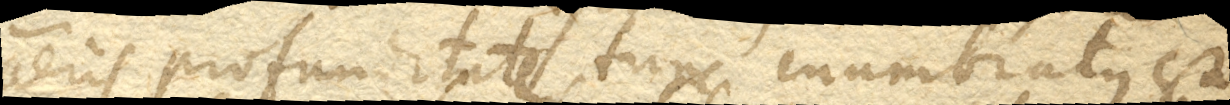
aeris profunditate, tunc inumbratus est.